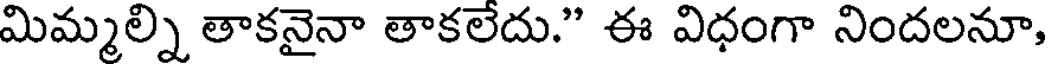
మిమ్మల్ని తాకనైనా తాకలేదు." ఈ విధంగా నిందలనూ,